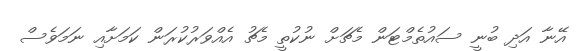
އޭނާ އަދި ބުނީ ސައުތެމްޓަން މެޗަށް ނުކުތީ މެޗު އެއްވަރުކުރަން ކަމަށާއި ނަމަވެސް